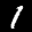
Label: 1